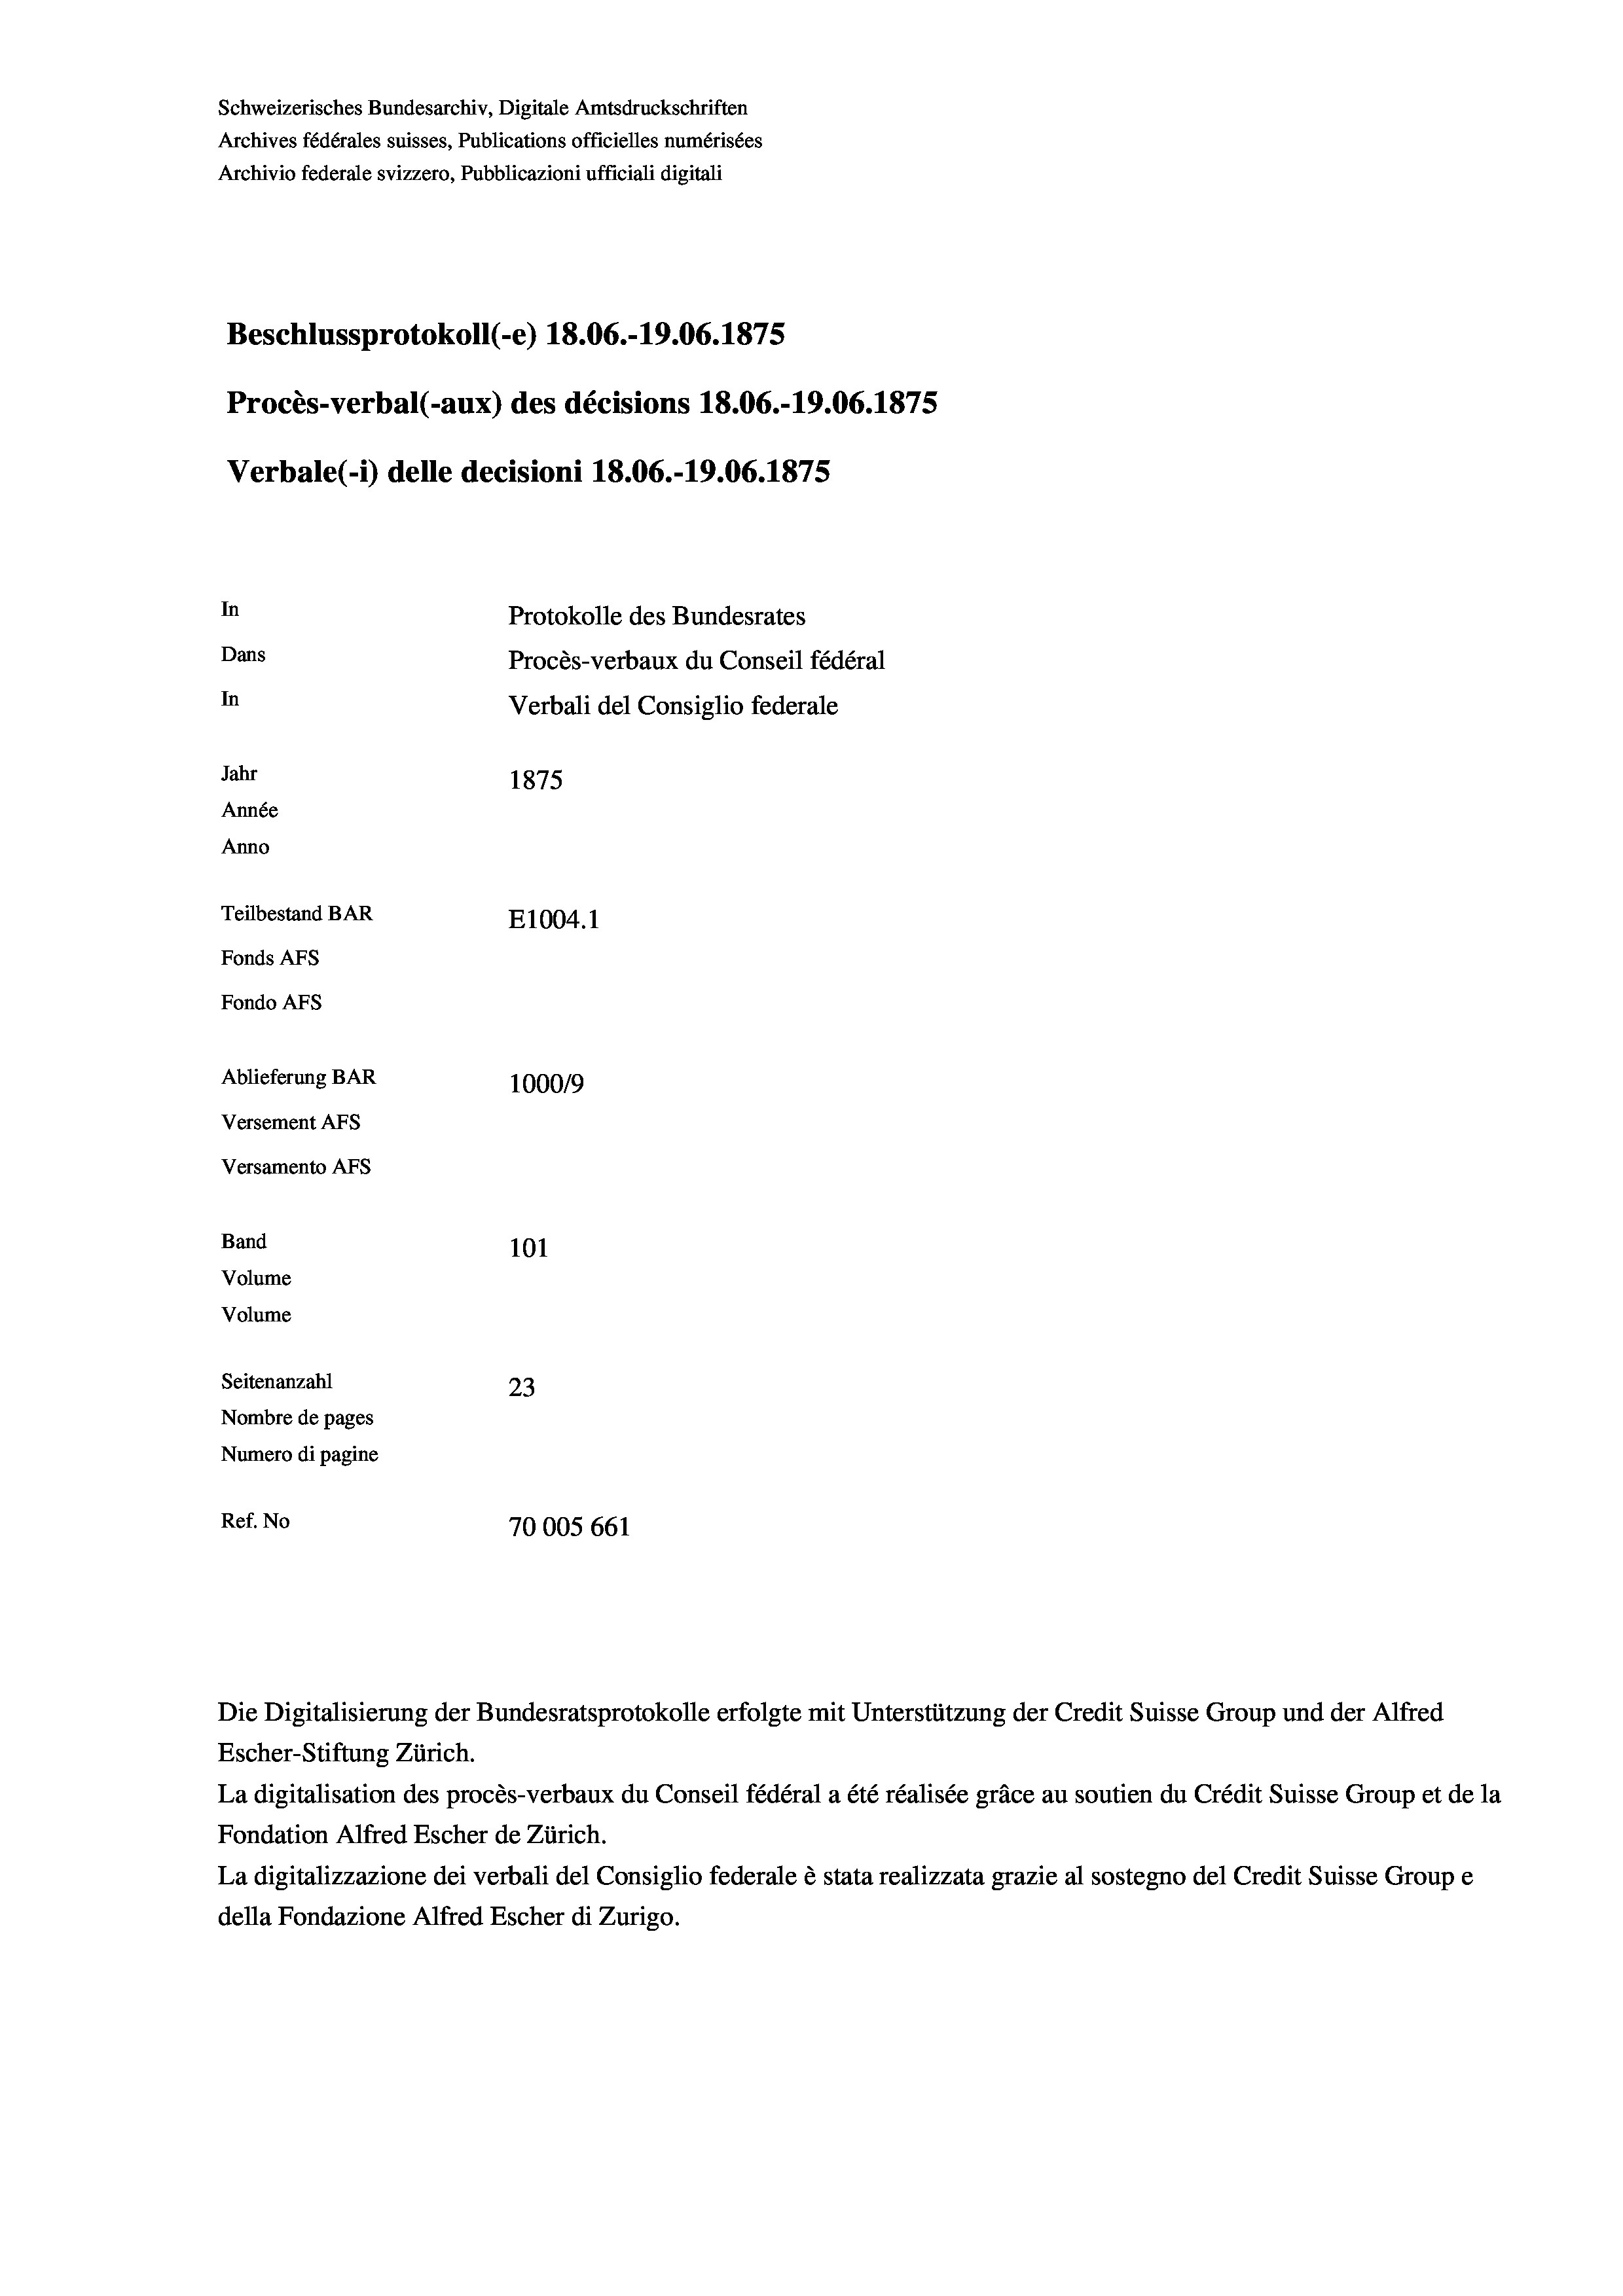
Schweizerisches Bundesarchiv, Digitale Amtsdruckschriften
Archives fédérales suisses, Publications officielles numérisées
Archivio federale svizzero, Pubblicazioni ufficiali digitali
Beschlussprotokoll (-e) 18.06.-19.06. 1875
Procès-verbal (-aux) des décisions 18.06.-19.06. 1875
Verbale (- 1) delle decisioni 18.06.-19.06. 1875
In
Protokolle des Bundesrates
Dans
Procès-verbaux du Conseil fédéral
In
Verbali del Consiglio federale
Jahr
1875
Année
Anno
Teilbestand BAR
E1004.1
Fonds AFs
Fondo Afs
Ablieferung BAR
100019
Versement AFs
Versamento Afs
Band
101
Volume

Volume

Seitenanzahl

23
Nombre de pages
Numero di pagine
Ref. No
70005 661

Die Digitalisierung der Bundesratsprotokolle erfolgte mit Unterstützung der Credit Suisse Group und der f
Escher-Stiftung Zürich.
La digitalisation des procès-verbaux du Conseil fédéral a été réalisée gräce au soutien du Crédit Suisse Group et de la
Fondation Alfred Escher de Zürich.
La digitalizzazione dei verbali del Consiglio federale è stata realizzata grazie al sostegno del Credit Suisse Groupe
della Fondazione Alfred Escher di Zurigo.

Alfred